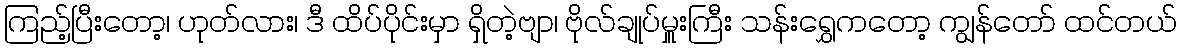
ကြည့်ပြီးတော့၊ ဟုတ်လား၊ ဒီ ထိပ်ပိုင်းမှာ ရှိတဲ့ဗျာ၊ ဗိုလ်ချုပ်မှူးကြီး သန်းရွှေကတော့ ကျွန်တော် ထင်တယ်